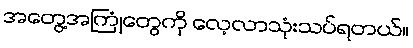
အတွေ့အကြုံတွေကို လေ့လာသုံးသပ်ရတယ်။